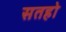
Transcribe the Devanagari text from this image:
सतहो